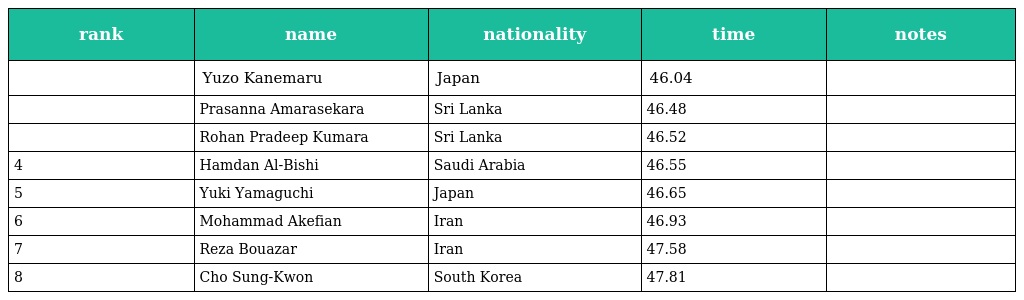
| rank | name | nationality | time | notes |
 | --- | --- | --- | --- | --- |
 |  | Yuzo Kanemaru | Japan | 46.04 |  |
 |  | Prasanna Amarasekara | Sri Lanka | 46.48 |  |
 |  | Rohan Pradeep Kumara | Sri Lanka | 46.52 |  |
 | 4 | Hamdan Al-Bishi | Saudi Arabia | 46.55 |  |
 | 5 | Yuki Yamaguchi | Japan | 46.65 |  |
 | 6 | Mohammad Akefian | Iran | 46.93 |  |
 | 7 | Reza Bouazar | Iran | 47.58 |  |
 | 8 | Cho Sung-Kwon | South Korea | 47.81 |  |